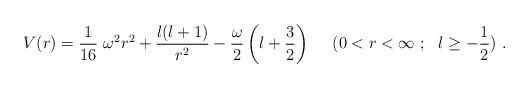
LaTeX: \begin{align*}V(r)= \frac{1}{16} ~\omega^2 r^2 +\frac{l(l+1)}{r^2}- \frac{\omega}{2}\left( l+ \frac{3}{2} \right) ~~~~(0 < r <\infty~;~~ l \ge -\frac{1}{2} )~.\end{align*}